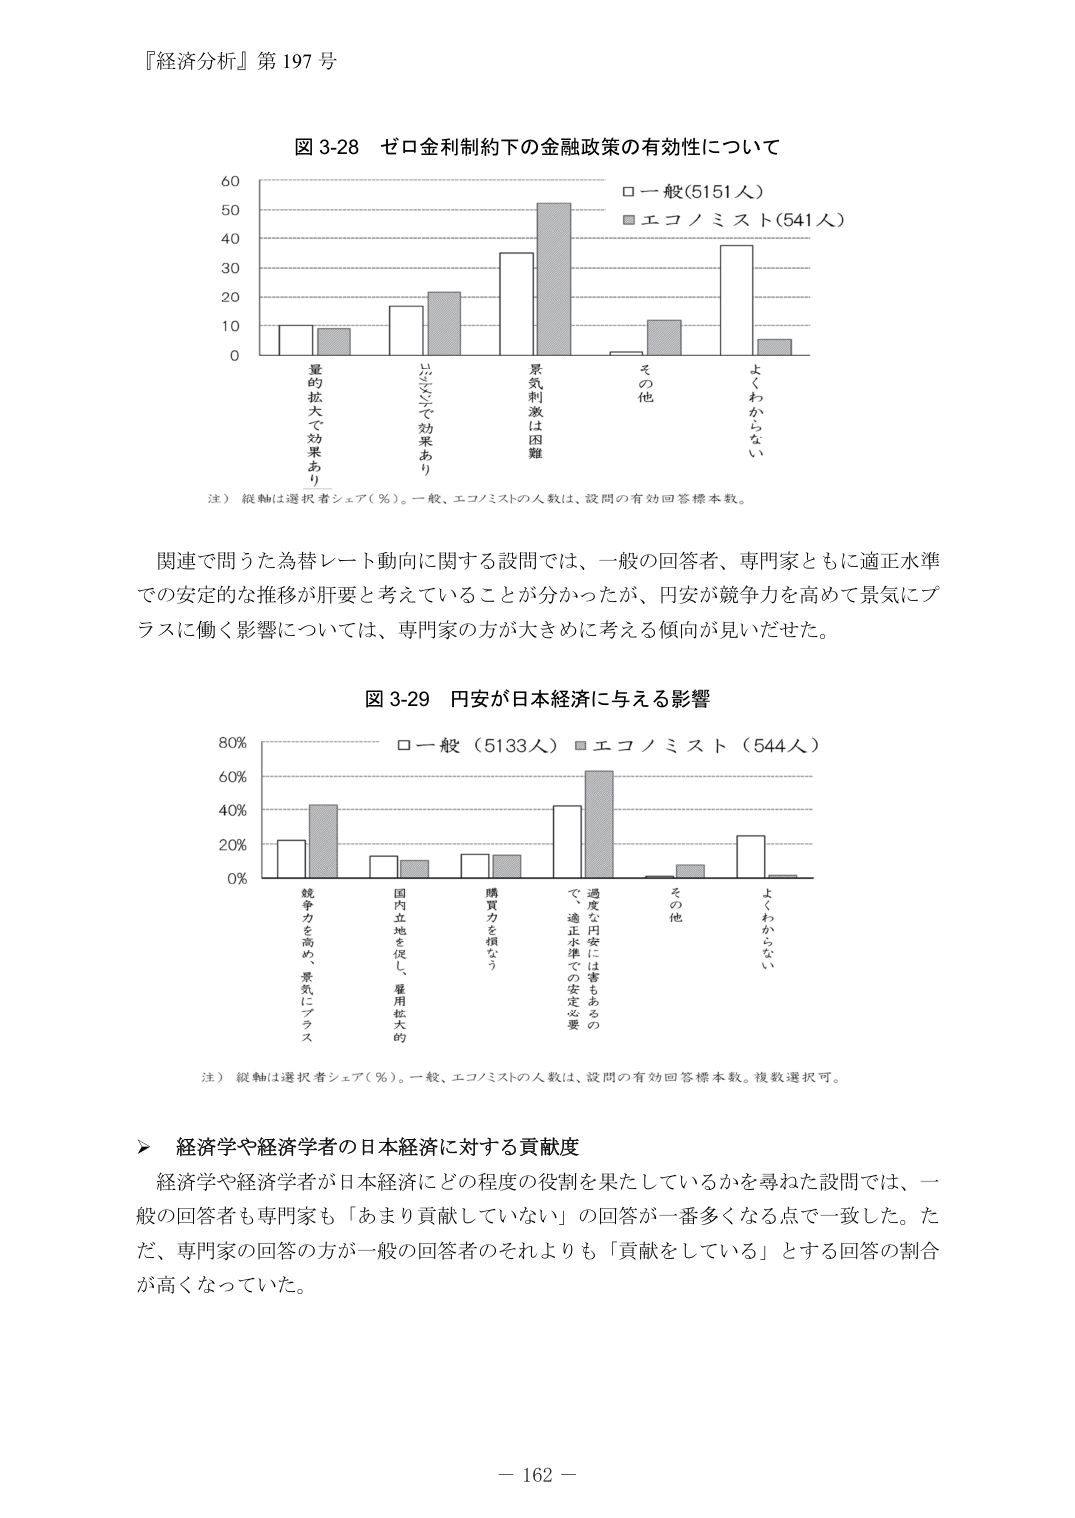
『経済分析』第197号

図3-28 ゼロ金利制約下の金融政策の有効性について

0
10
20
30
40
50
60

□一般(5151人)
■エコノミスト(541人)

量的拡大で効果あり
リフレで効果あり
景気刺激は困難
その他
よくわからない

注）縦軸は選択者シェア（％）。一般、エコノミストの人数は、設問の有効回答標本数。

関連で問うた為替レート動向に関する設問では、一般の回答者、専門家ともに適正水準での安定的な推移が肝要と考えていることが分かったが、円安が競争力を高めて景気にプラスに働く影響については、専門家の方が大きめに考える傾向が見いだせた。

図3-29 円安が日本経済に与える影響

0%
20%
40%
60%
80%

□一般（5133人）■エコノミスト（544人）

競争力を高め、景気にプラス
国内立地を促し、雇用拡大的
購買力を損なう
過度な円安には害もあるので、適正水準での安定必要
その他
よくわからない

注）縦軸は選択者シェア（％）。一般、エコノミストの人数は、設問の有効回答標本数。複数選択可。

▶ 経済学や経済学者の日本経済に対する貢献度

経済学や経済学者が日本経済にどの程度の役割を果たしているかを尋ねた設問では、一般の回答者も専門家も「あまり貢献していない」の回答が一番多くなる点で一致した。ただ、専門家の回答の方が一般の回答者のそれよりも「貢献をしている」とする回答の割合が高くなっていた。

－162－